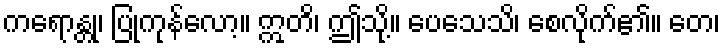
ကရောန္တု၊ ပြုကုန်လော့။ ဣတိ၊ ဤသို့။ ပေသေသိ၊ စေလိုက်၏။ တေ၊